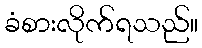
ခံစားလိုက်ရသည်။